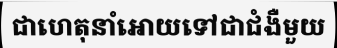
ជាហេតុនាំអោយទៅជាជំងឺមួយ